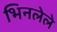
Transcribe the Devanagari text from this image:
भिनलेले